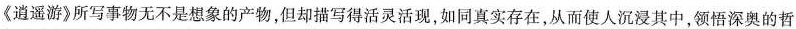
《逍遥游》所写事物无不是想象的产物，但却描写得活灵活现，如同真实存在，从而使人沉浸其中，领悟深奥的哲